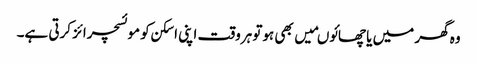
وہ گھر میں یا چھائوںمیں بھی ہوتو ہروقت اپنی اسکن کو موئسچرائز کرتی ہے۔